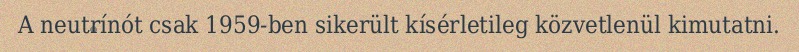
A neutrínót csak 1959-ben sikerült kísérletileg közvetlenül kimutatni.